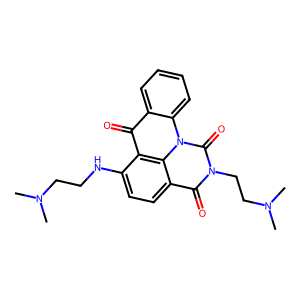
SMILES: CN(C)CCNc1ccc2c(=O)n(CCN(C)C)c(=O)n3c4ccccc4c(=O)c1c23
Inhibits HIV replication: No